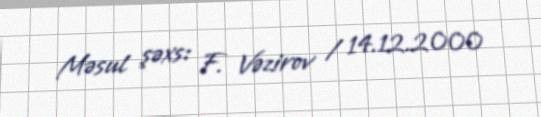
Məsul şəxs: F. Vəzirov / 14.12.2000